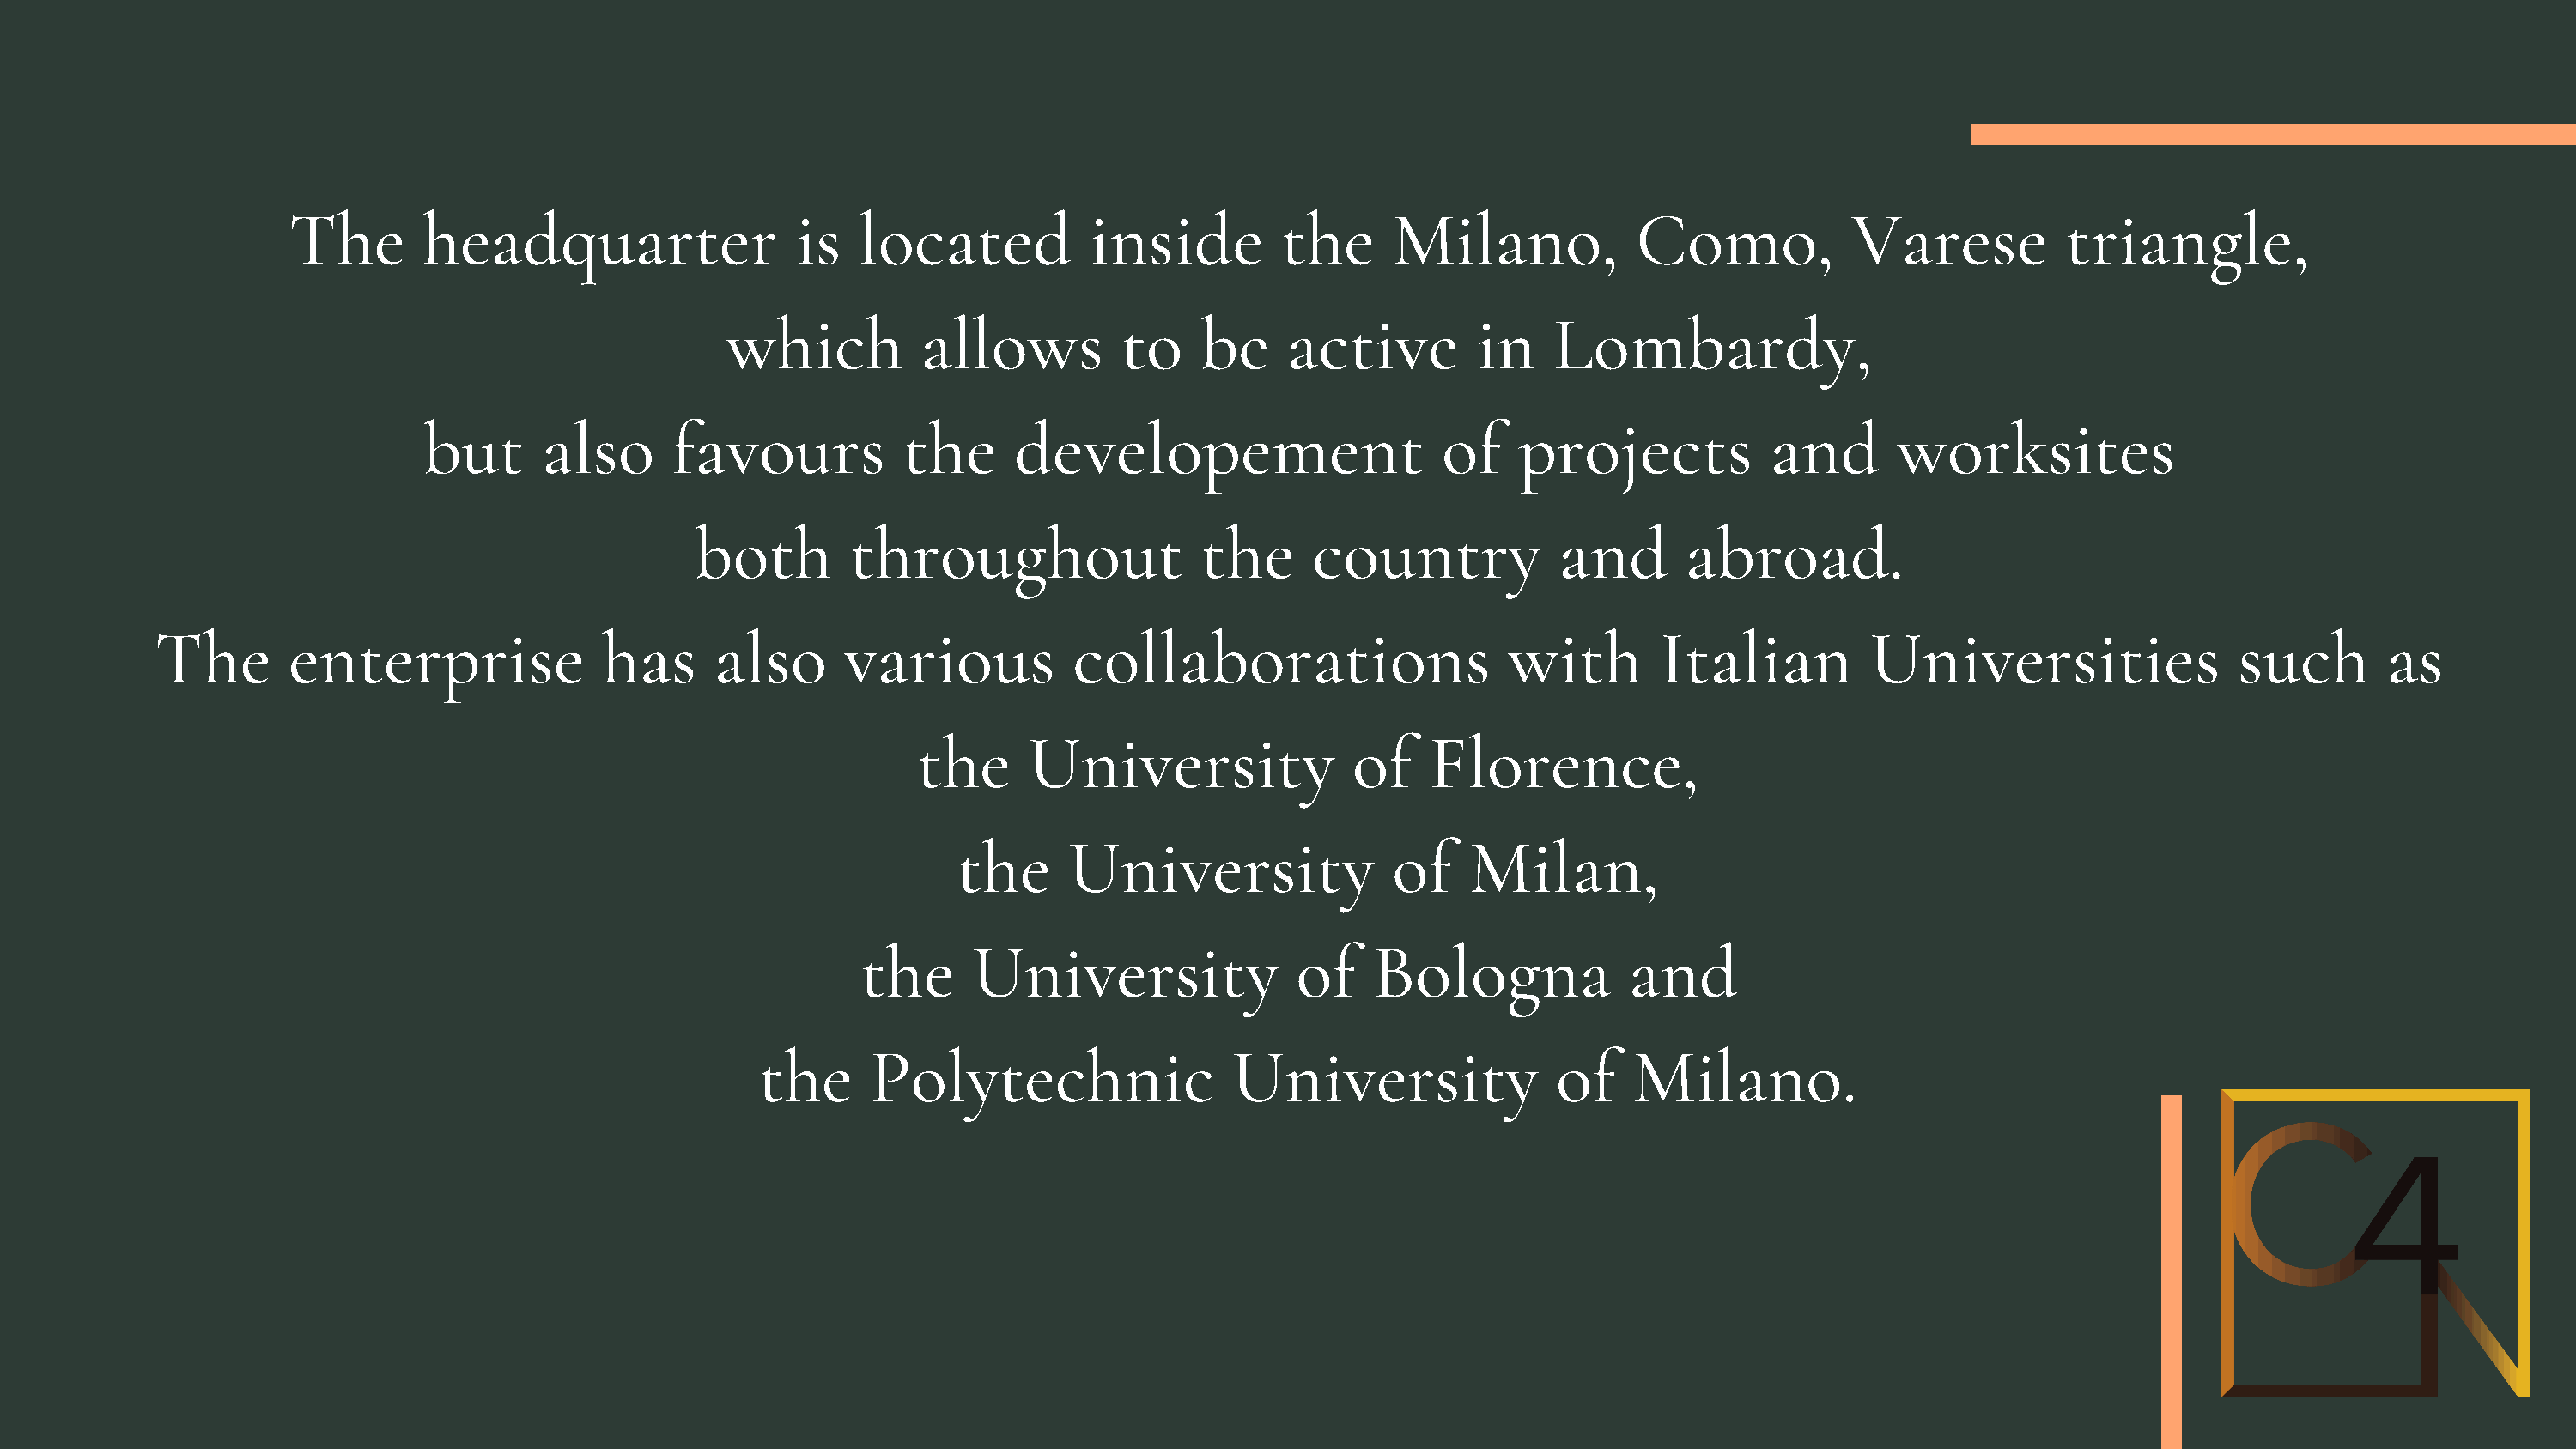
The        headquarter                 is   located           inside         the     Milano,            Como,            Varese          triangle,
 which          allows         to     be    active         in    Lombardy,
 but      also      favours           the     developement                     of    projects           and       worksites
 both        throughout                 the     country            and       abroad.
 The       enterprise              has      also      various           collaborations                   with        Italian         Universities                 such       as
 the     University               of    Florence,
 the     University               of    Milan,
 the      University               of    Bologna             and
 the      Polytechnic                 University               of    Milano.